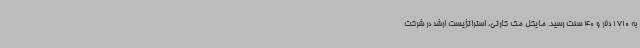
به 1710 دلار و 40 سنت رسید. مایکل مک کارتی، استراتژیست ارشد در شرکت